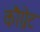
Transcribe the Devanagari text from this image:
कौग्नेट